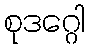
စုဒဂ္ဂေါ